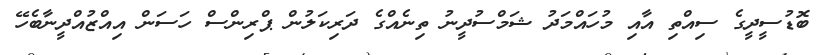
ބޮޑުސީދީގެ ސިއްތި އާއި މުހައްމަދު ޝަމްސުދީނު ތިނެއްގެ ދަރިކަލުން ޕްރިންސް ހަސަން އިއްޒުއްދީނާބެހޭ